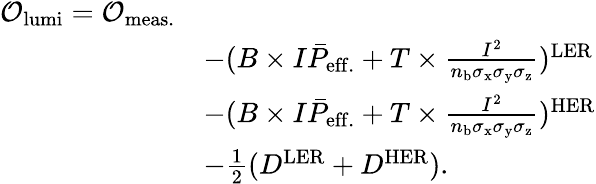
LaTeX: \begin{array}{rl}{\mathcal{O}_{\mathrm{lumi}}=\mathcal{O}_{\mathrm{meas.}}}\\ &{-(B\times I\bar{P}_{\mathrm{eff.}}+T\times\frac{I^{2}}{n_{\mathrm{b}}\sigma_{\mathrm{x}}\sigma_{\mathrm{y}}\sigma_{\mathrm{z}}})^{\mathrm{LER}}}\\ &{-(B\times I\bar{P}_{\mathrm{eff.}}+T\times\frac{I^{2}}{n_{\mathrm{b}}\sigma_{\mathrm{x}}\sigma_{\mathrm{y}}\sigma_{\mathrm{z}}})^{\mathrm{HER}}}\\ &{-\frac{1}{2}(D^{\mathrm{LER}}+D^{\mathrm{HER}}).}\end{array}